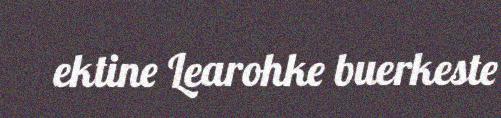
ektine Learohke buerkeste